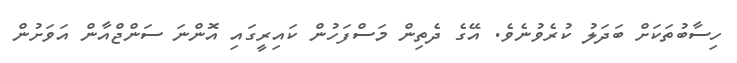
ހިސާބުތަކަށް ބަދަލު ކުރެވުނެވެ. އޭގެ ދެތިން މަސްފަހުން ކައިރީގައި އޮންނަ ސަންޖްއާން އަވަށުން